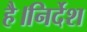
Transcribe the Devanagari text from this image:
है।निर्देश